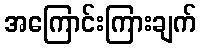
အကြောင်းကြားချက်